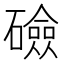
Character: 礆